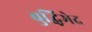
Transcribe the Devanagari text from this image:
बुद्धिभेद